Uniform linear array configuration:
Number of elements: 24
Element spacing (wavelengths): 1
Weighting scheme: blackman
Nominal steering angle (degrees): -30
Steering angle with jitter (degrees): -29.777
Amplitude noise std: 0.05
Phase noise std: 0.05

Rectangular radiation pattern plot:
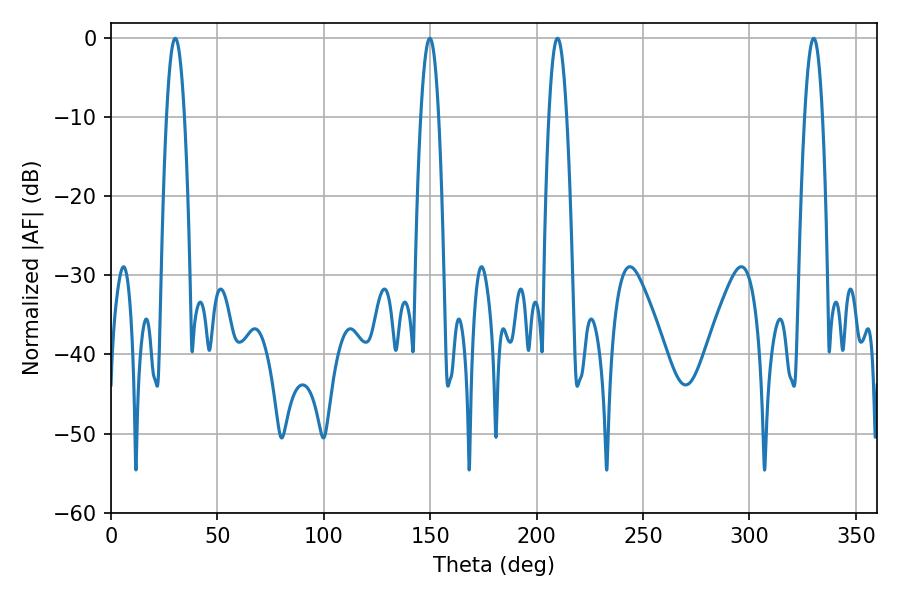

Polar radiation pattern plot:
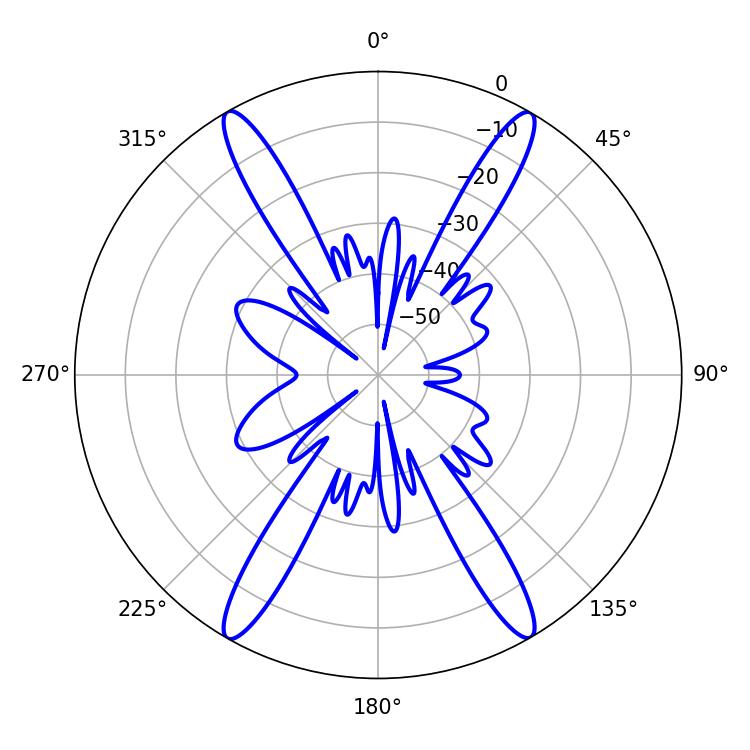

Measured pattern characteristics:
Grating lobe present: TRUE
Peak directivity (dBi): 33.108
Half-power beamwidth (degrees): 4.68
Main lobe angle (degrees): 30.24